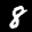
Label: 8